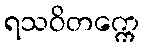
ရသဝိတက္ကေ